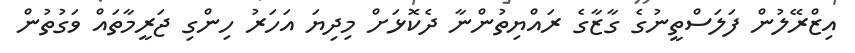
އިޒްރޭލުން ފަލަސްތީނުގެ ގާޒާގެ ރައްޔިތުންނާ ދެކޮޅަށް މިދިޔަ އަހަރު ހިންގި ޖަރީމާތައް ވަގުތުން